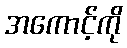
အကောင့်ကို